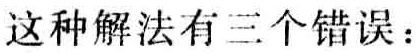
这种解法有三个错误：